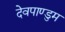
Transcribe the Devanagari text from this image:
देवपाण्डुम